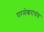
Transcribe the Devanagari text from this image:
परमेश्वराचंच